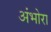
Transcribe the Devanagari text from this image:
अंभोरा